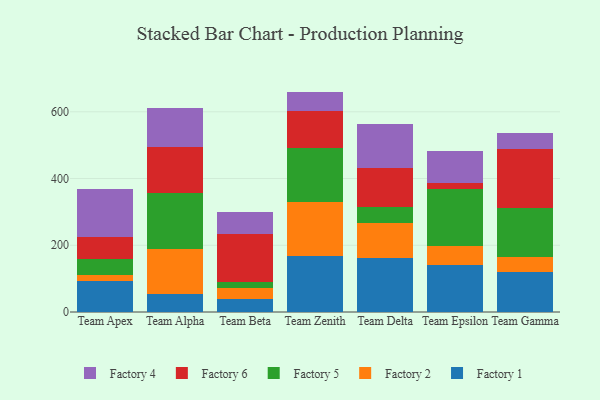
{"axis": {"x": "Team", "y": "Net Income (USD K)"}, "legend": ["Factory 1", "Factory 2", "Factory 4", "Factory 5", "Factory 6"], "data": [{"x": "Team Apex", "y": 92.5, "type": "Factory 1"}, {"x": "Team Apex", "y": 19.7, "type": "Factory 2"}, {"x": "Team Apex", "y": 47.1, "type": "Factory 5"}, {"x": "Team Apex", "y": 64.3, "type": "Factory 6"}, {"x": "Team Apex", "y": 143.5, "type": "Factory 4"}, {"x": "Team Alpha", "y": 52.7, "type": "Factory 1"}, {"x": "Team Alpha", "y": 137.3, "type": "Factory 2"}, {"x": "Team Alpha", "y": 166.3, "type": "Factory 5"}, {"x": "Team Alpha", "y": 138.8, "type": "Factory 6"}, {"x": "Team Alpha", "y": 115.6, "type": "Factory 4"}, {"x": "Team Beta", "y": 39.7, "type": "Factory 1"}, {"x": "Team Beta", "y": 31.6, "type": "Factory 2"}, {"x": "Team Beta", "y": 18.7, "type": "Factory 5"}, {"x": "Team Beta", "y": 143.0, "type": "Factory 6"}, {"x": "Team Beta", "y": 66.9, "type": "Factory 4"}, {"x": "Team Zenith", "y": 166.4, "type": "Factory 1"}, {"x": "Team Zenith", "y": 164.3, "type": "Factory 2"}, {"x": "Team Zenith", "y": 160.7, "type": "Factory 5"}, {"x": "Team Zenith", "y": 109.4, "type": "Factory 6"}, {"x": "Team Zenith", "y": 59.6, "type": "Factory 4"}, {"x": "Team Delta", "y": 162.6, "type": "Factory 1"}, {"x": "Team Delta", "y": 103.7, "type": "Factory 2"}, {"x": "Team Delta", "y": 47.4, "type": "Factory 5"}, {"x": "Team Delta", "y": 118.4, "type": "Factory 6"}, {"x": "Team Delta", "y": 130.8, "type": "Factory 4"}, {"x": "Team Epsilon", "y": 139.7, "type": "Factory 1"}, {"x": "Team Epsilon", "y": 57.2, "type": "Factory 2"}, {"x": "Team Epsilon", "y": 172.4, "type": "Factory 5"}, {"x": "Team Epsilon", "y": 18.0, "type": "Factory 6"}, {"x": "Team Epsilon", "y": 93.7, "type": "Factory 4"}, {"x": "Team Gamma", "y": 120.0, "type": "Factory 1"}, {"x": "Team Gamma", "y": 44.5, "type": "Factory 2"}, {"x": "Team Gamma", "y": 146.2, "type": "Factory 5"}, {"x": "Team Gamma", "y": 178.4, "type": "Factory 6"}, {"x": "Team Gamma", "y": 46.5, "type": "Factory 4"}]}